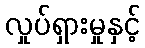
လှုပ်ရှားမှုနှင့်